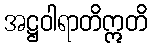
အဋ္ဌဝါရာတိဣတိ